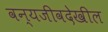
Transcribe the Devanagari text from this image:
वन्यजीवदेखील